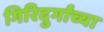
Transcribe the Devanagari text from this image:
गिरिदुर्गांच्या